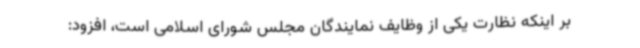
بر اینکه نظارت یکی از وظایف نمایندگان مجلس شورای اسلامی است، افزود: